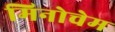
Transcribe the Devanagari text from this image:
मिनोचेम